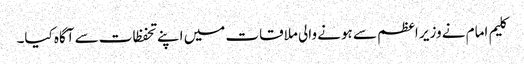
کلیم امام نے وزیر اعظم سے ہونے والی ملاقات میں اپنے تحفظات سے آگاہ کیا۔